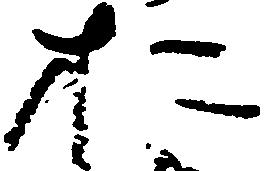
お